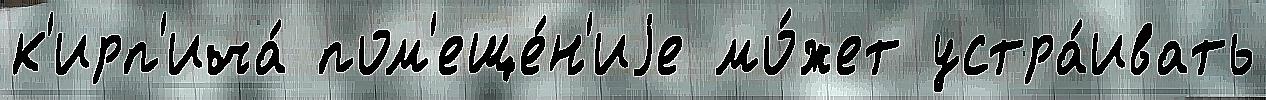
к'ирп'ича́ пом'еще́н'иjе мо́жет устра́ивать